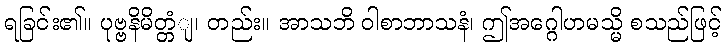
ရခြင်း၏။ ပုဗ္ဗနိမိတ္တံျ၊ တည်း။ အာသဘိ ဝါစာဘာသနံ၊ ဤအဂ္ဂေါဟမသ္မိ စသည်ဖြင့်